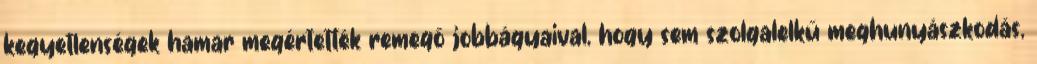
kegyetlenségek hamar megértették remegő jobbágyaival, hogy sem szolgalelkű meghunyászkodás,